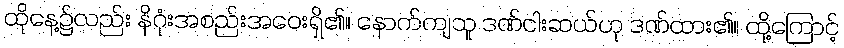
ထိုနေ့၌လည်း နိဂုံးအစည်းအဝေးရှိ၏။ နောက်ကျသူ ဒဏ်ငါးဆယ်ဟု ဒဏ်ထား၏။ ထို့ကြောင့်